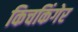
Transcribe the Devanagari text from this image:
किचकिंगेर